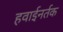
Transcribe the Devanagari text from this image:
हवाईनर्तक